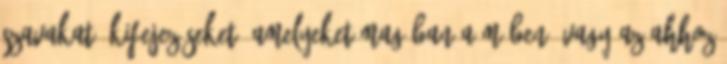
szavakat, kifejezéseket, amelyeket magában a műben, vagy az ahhoz